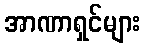
အာဏာရှင်များ